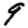
Digit: 9